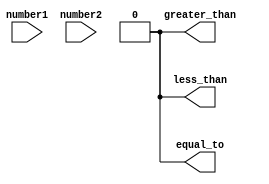
module bit_comparator (
    input [15:0] number1,
    input [15:0] number2,
    output less_than,
    output equal_to,
    output greater_than
);

assign less_than = 1'b0;
assign equal_to = 1'b0;
assign greater_than = 1'b0;

// Compare each bit pair of the two numbers
genvar i;
generate
    for (i = 0; i < 16; i = i + 1) begin
        assign less_than = less_than | ((number1[i] < number2[i]) & ~greater_than);
        assign equal_to = equal_to | (number1[i] == number2[i]);
        assign greater_than = greater_than | ((number1[i] > number2[i]) & ~less_than);
    end
endgenerate

endmodule